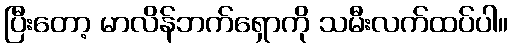
ပြီးတော့ မာလိန်ဘက်ရှောကို သမီးလက်ထပ်ပါ။